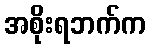
အစိုးရဘက်က